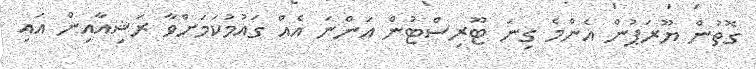
ގޮތުން ޔޫރަޕުން އެންމެ ގިނަ ޓޫރިސްޓުން އަންނަ އެއް ގައުމުކަމަށްވާ ރަޝިއާއިން އައި